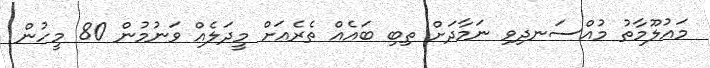
މައުލޫމާތު މުއްސަނދިވި ނަމާދަށް ތިބި ބައެއް ތެރެއަށް މީދަލެއް ވަނުމުން 80 މީހުން